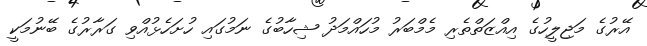
އޭރުގެ މަޖިލީހުގެ އިއްޒަތްތެރި މެމްބަރު މުހައްމަދު ޝިހާބުގެ ނަމުގައި ހުށަހެޅުއްވި ގަރާރުގެ ބޭނުމަކީ